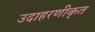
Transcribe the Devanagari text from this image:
उदाहरणीकृत